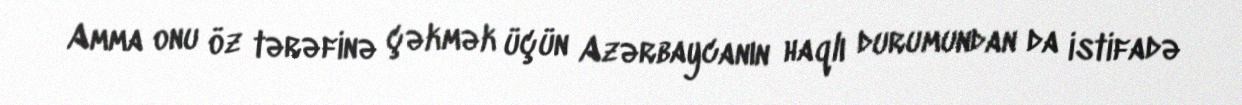
Amma onu öz tərəfinə çəkmək üçün Azərbaycanın haqlı durumundan da istifadə